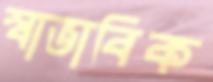
স্বাভাবিক